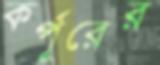
কর্পূরের